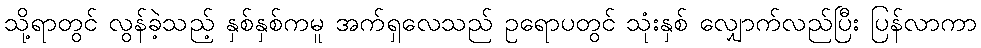
သို့ရာတွင် လွန်ခဲ့သည့် နှစ်နှစ်ကမူ အက်ရှလေသည် ဥရောပတွင် သုံးနှစ် လျှောက်လည်ပြီး ပြန်လာကာ